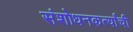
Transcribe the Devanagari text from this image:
संशोधनकर्त्यांची